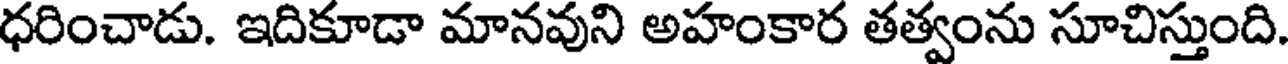
ధరించాడు. ఇదికూడా మానవుని అహంకార తత్వంను సూచిస్తుంది.